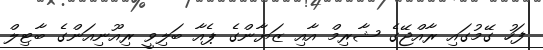
ފަހު ގޭމުގައި ރާއްޖޭގެ ޝާރިމް އާއި ޒަޔާންގެ ޕެއާ ބަލިވީ ރިއޫނިއަންގެ ބާޓިލް